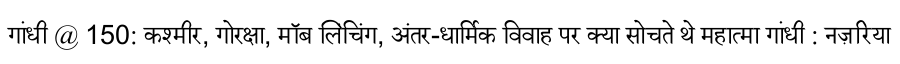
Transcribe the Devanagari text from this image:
गांधी @ 150: कश्मीर, गोरक्षा, मॉब लिंचिंग, अंतर-धार्मिक विवाह पर क्या सोचते थे महात्मा गांधी : नज़रिया